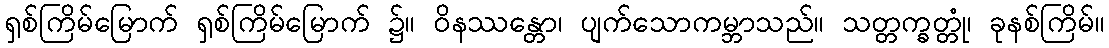
ရှစ်ကြိမ်မြောက် ရှစ်ကြိမ်မြောက် ၌။ ဝိနဿန္တော၊ ပျက်သောကမ္ဘာသည်။ သတ္တက္ခတ္တုံ၊ ခုနစ်ကြိမ်။